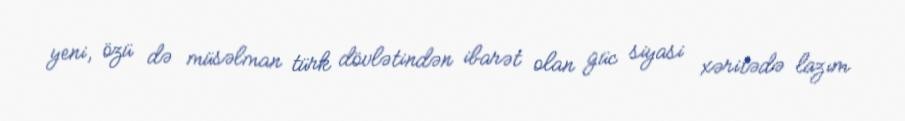
yeni, özü də müsəlman türk dövlətindən ibarət olan güc siyasi xəritədə lazım